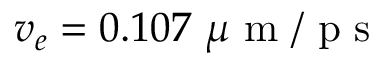
v _ { e } = 0 . 1 0 7 ~ \mu \mathrm { ~ m ~ / ~ p ~ s ~ }